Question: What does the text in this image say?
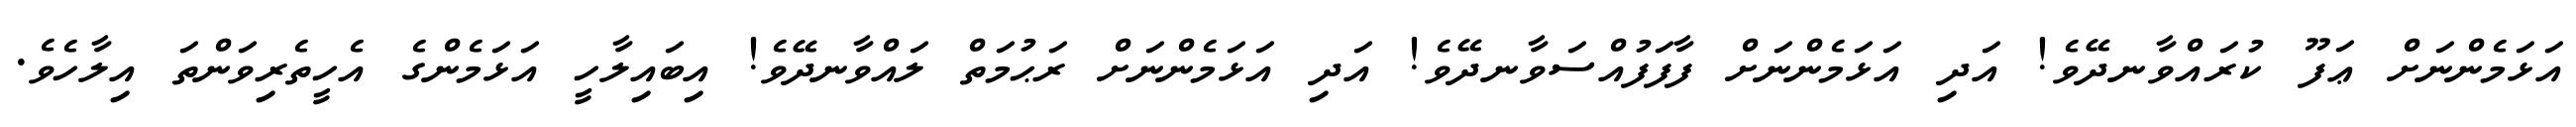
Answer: އަޅަމެންނަށް ޢަފޫ ކުރައްވާނދޭވެ! އަދި އަޅަމެންނަށް ފާފަފުއްސަވާނދޭވެ! އަދި އަޅަމެންނަށް ރަޙުމަތް ލައްވާނދޭވެ! އިބައިލާހީ އަޅަމެންގެ އެހީތެރިވަންތަ އިލާހެވެ.